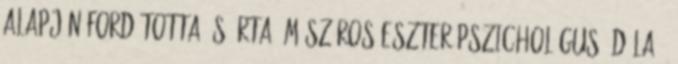
alapján fordította és írta: Mészáros Eszter pszichológus, dúla ←